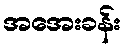
အအေးခန်း